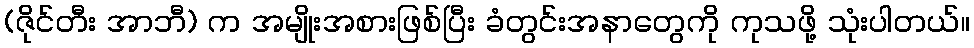
(ဇိုင်တီး အာဘီ) က အမျိုးအစားဖြစ်ပြီး ခံတွင်းအနာတွေကို ကုသဖို့ သုံးပါတယ်။